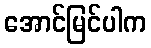
အောင်မြင်ပါက